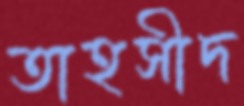
তাহসীদ